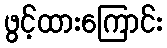
ဖွင့်ထားကြောင်း